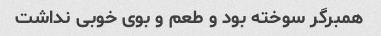
همبرگر سوخته بود و طعم و بوی خوبی نداشت